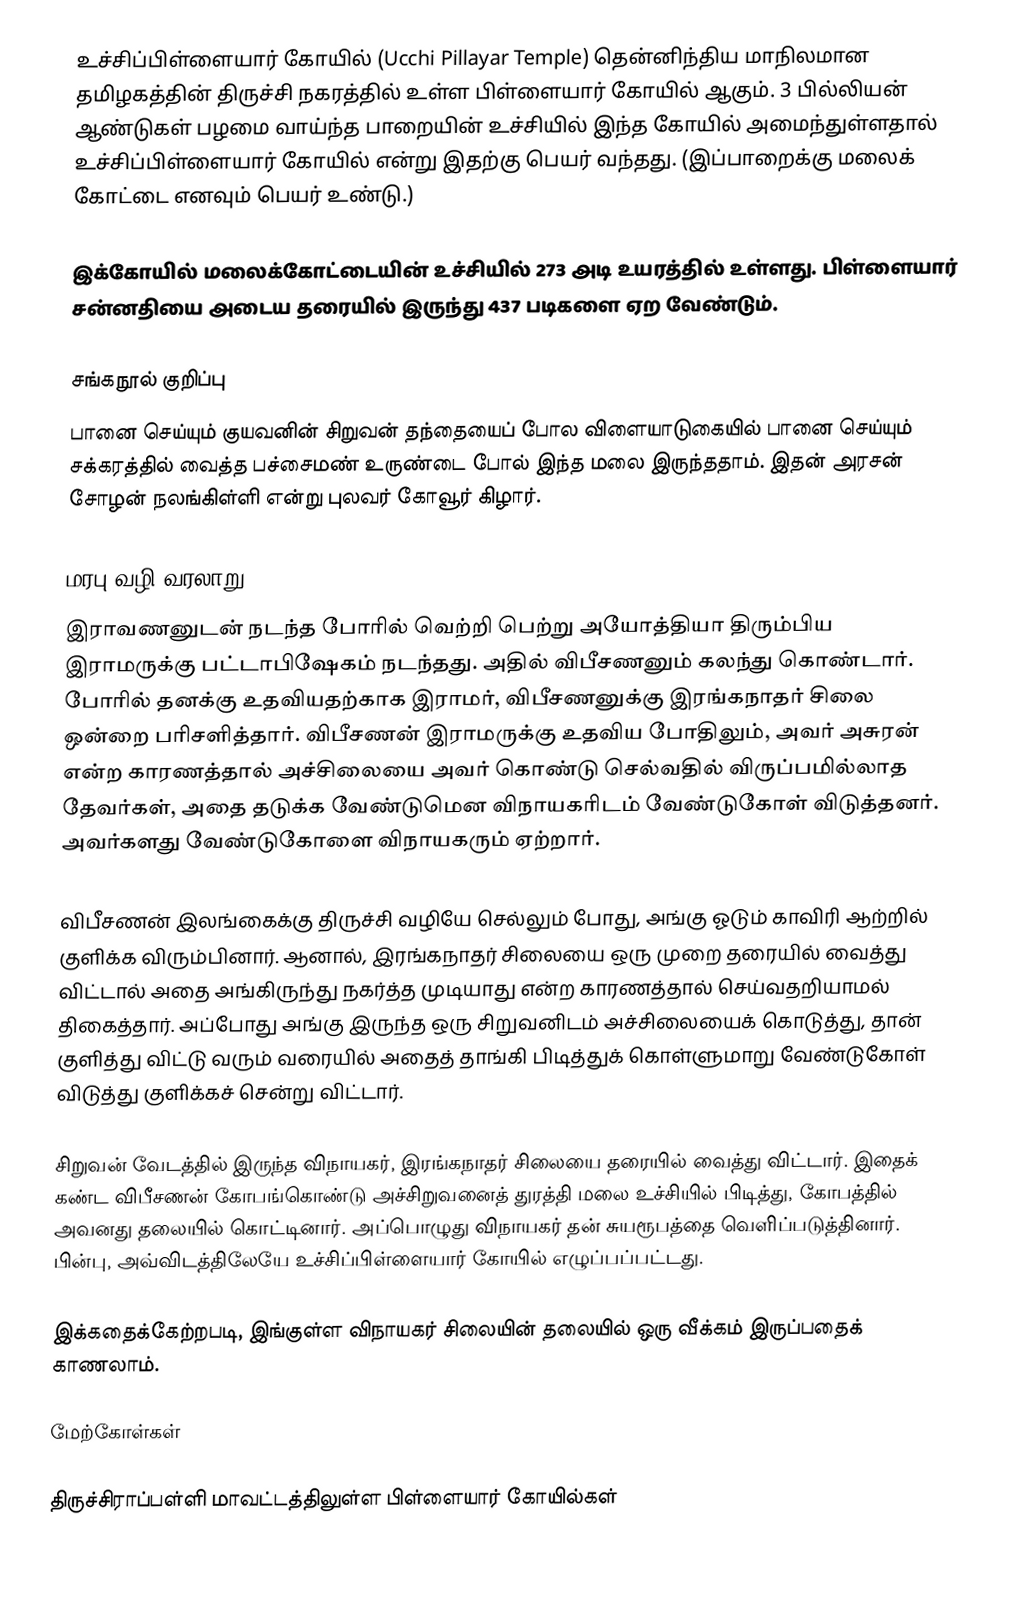
உச்சிப்பிள்ளையார் கோயில் (Ucchi Pillayar Temple) தென்னிந்திய மாநிலமான தமிழகத்தின் திருச்சி நகரத்தில் உள்ள பிள்ளையார் கோயில் ஆகும். 3 பில்லியன் ஆண்டுகள் பழமை வாய்ந்த பாறையின் உச்சியில் இந்த கோயில் அமைந்துள்ளதால் உச்சிப்பிள்ளையார் கோயில் என்று இதற்கு பெயர் வந்தது. (இப்பாறைக்கு மலைக் கோட்டை எனவும் பெயர் உண்டு.)

இக்கோயில் மலைக்கோட்டையின் உச்சியில் 273 அடி உயரத்தில் உள்ளது. பிள்ளையார் சன்னதியை அடைய தரையில் இருந்து 437 படிகளை ஏற வேண்டும்.

சங்கநூல் குறிப்பு
பானை செய்யும் குயவனின் சிறுவன் தந்தையைப் போல விளையாடுகையில் பானை செய்யும் சக்கரத்தில் வைத்த பச்சைமண் உருண்டை போல் இந்த மலை இருந்ததாம். இதன் அரசன் சோழன் நலங்கிள்ளி என்று புலவர் கோவூர் கிழார்.

மரபு வழி வரலாறு
இராவணனுடன் நடந்த போரில் வெற்றி பெற்று அயோத்தியா திரும்பிய இராமருக்கு பட்டாபிஷேகம் நடந்தது. அதில் விபீசணனும் கலந்து கொண்டார். போரில் தனக்கு உதவியதற்காக இராமர், விபீசணனுக்கு இரங்கநாதர் சிலை ஒன்றை பரிசளித்தார். விபீசணன் இராமருக்கு உதவிய போதிலும், அவர் அசுரன் என்ற காரணத்தால் அச்சிலையை அவர் கொண்டு செல்வதில் விருப்பமில்லாத தேவர்கள், அதை தடுக்க வேண்டுமென விநாயகரிடம் வேண்டுகோள் விடுத்தனர். அவர்களது வேண்டுகோளை விநாயகரும் ஏற்றார்.

விபீசணன் இலங்கைக்கு திருச்சி வழியே செல்லும் போது, அங்கு ஓடும் காவிரி ஆற்றில் குளிக்க விரும்பினார். ஆனால், இரங்கநாதர் சிலையை ஒரு முறை தரையில் வைத்து விட்டால் அதை அங்கிருந்து நகர்த்த முடியாது என்ற காரணத்தால் செய்வதறியாமல் திகைத்தார். அப்போது அங்கு இருந்த ஒரு சிறுவனிடம் அச்சிலையைக் கொடுத்து, தான் குளித்து விட்டு வரும் வரையில் அதைத் தாங்கி பிடித்துக் கொள்ளுமாறு வேண்டுகோள் விடுத்து குளிக்கச் சென்று விட்டார்.

சிறுவன் வேடத்தில் இருந்த விநாயகர், இரங்கநாதர் சிலையை தரையில் வைத்து விட்டார். இதைக் கண்ட விபீசணன் கோபங்கொண்டு அச்சிறுவனைத் துரத்தி மலை உச்சியில் பிடித்து, கோபத்தில் அவனது தலையில் கொட்டினார். அப்பொழுது விநாயகர் தன் சுயரூபத்தை வெளிப்படுத்தினார். பின்பு, அவ்விடத்திலேயே உச்சிப்பிள்ளையார் கோயில் எழுப்பப்பட்டது.

இக்கதைக்கேற்றபடி, இங்குள்ள விநாயகர் சிலையின் தலையில் ஒரு வீக்கம் இருப்பதைக் காணலாம்.

மேற்கோள்கள்

திருச்சிராப்பள்ளி மாவட்டத்திலுள்ள பிள்ளையார் கோயில்கள்